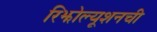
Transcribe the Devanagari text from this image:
रिझोल्यूशनची